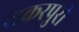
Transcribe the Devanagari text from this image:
शकरपुरी